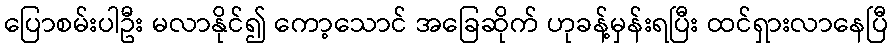
ပြောစမ်းပါဦး မလာနိုင်၍ ကော့သောင် အခြေဆိုက် ဟုခန့်မှန်းရပြီး ထင်ရှားလာနေပြီ